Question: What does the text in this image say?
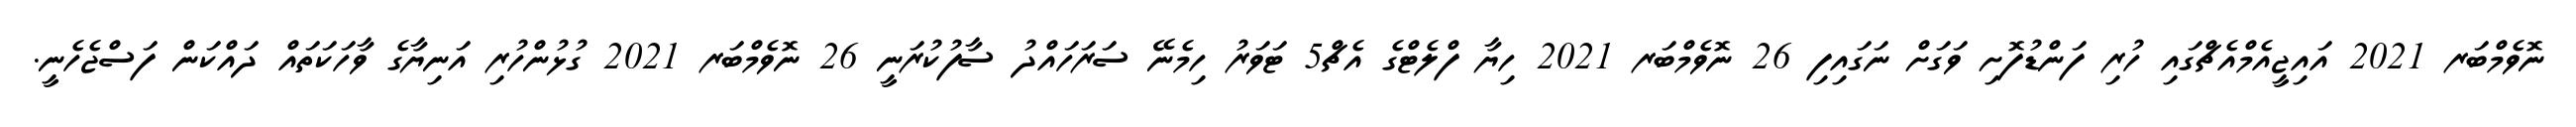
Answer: ނޮވެމްބަރ 2021 އައިޖީއެމްއެޗްގައި ހުރި ފަންޑުފޮށި ވަގަށް ނަގައިފި 26 ނޮވެމްބަރ 2021 ހިޔާ ފްލެޓްގެ އެޗް5 ޓަވަރު ހިމެނޭ ސަރަހައްދު ސާފުކުރަނީ 26 ނޮވެމްބަރ 2021 ގުޅުންހުރި އަނިޔާގެ ވާހަކަތައް ދައްކަން ފަސްޖެހެނީ.